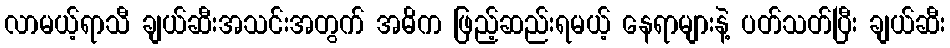
လာမယ့်ရာသီ ချယ်ဆီးအသင်းအတွက် အဓိက ဖြည့်ဆည်းရမယ့် နေရာများနဲ့ ပတ်သတ်ပြီး ချယ်ဆီး